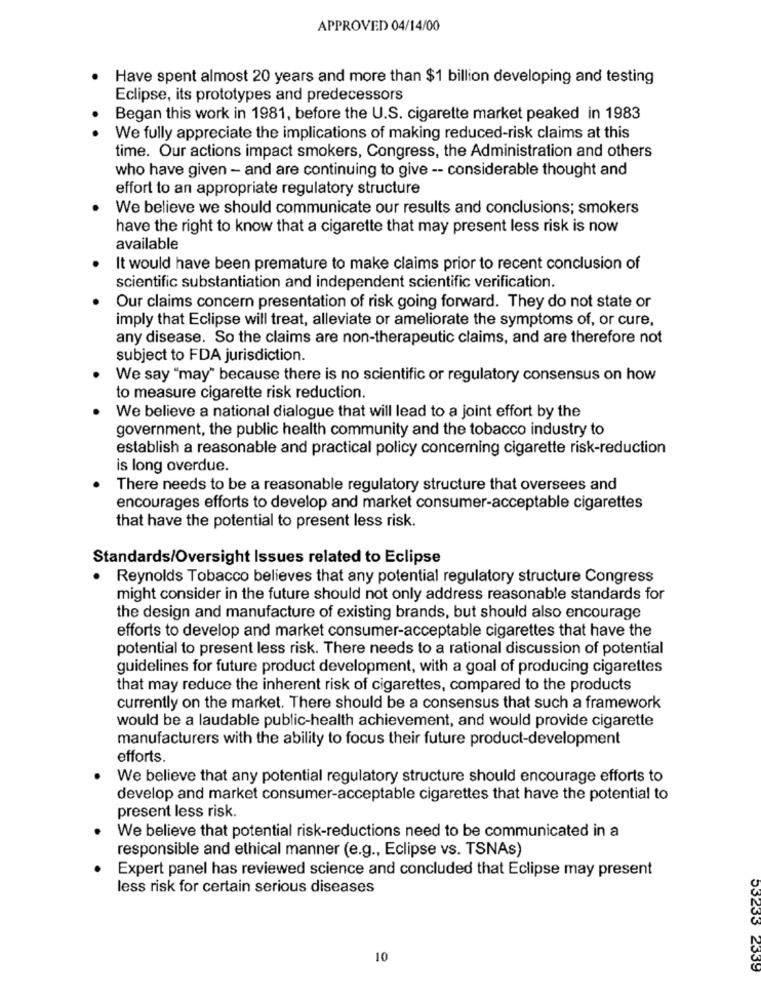
APPROVED 04/14/00
Have spent almost 20 years and more than $1 billion developing and testing
Eclipse, its prototypes and predecessors
Began this work in 1981, before the U.S. cigarette market peaked in 1983
We fully appreciate the implications of making reduced-risk claims at this
time. Our actions impact smokers, Congress, the Administration and others
who have given - and are continuing to give -- considerable thought and
effort to an appropriate regulatory structure
We believe we should communicate our results and conclusions; smokers
have the right to know that a cigarette that may present less risk is now
available
It would have been premature to make claims prior to recent conclusion of
scientific substantiation and independent scientific verification.
Our claims concern presentation of risk going forward. They do not state or
imply that Eclipse will treat, alleviate or ameliorate the symptoms of, or cure,
any disease. So the claims are non-therapeutic claims, and are therefore not
subject to FDA jurisdiction.
We say "may" because there is no scientific or regulatory consensus on how
to measure cigarette risk reduction.
We believe a national dialogue that will lead to a joint effort by the
government, the public health community and the tobacco industry to
establish a reasonable and practical policy concerning cigarette risk-reduction
is long overdue.
There needs to be a reasonable regulatory structure that oversees and
encourages efforts to develop and market consumer-acceptable cigarettes
that have the potential to present less risk.
Standards/Oversight Issues related to Eclipse
· Reynolds Tobacco believes that any potential regulatory structure Congress
might consider in the future should not only address reasonable standards for
the design and manufacture of existing brands, but should also encourage
efforts to develop and market consumer-acceptable cigarettes that have the
potential to present less risk. There needs to a rational discussion of potential
guidelines for future product development, with a goal of producing cigarettes
that may reduce the inherent risk of cigarettes, compared to the products
currently on the market. There should be a consensus that such a framework
would be a laudable public-health achievement, and would provide cigarette
manufacturers with the ability to focus their future product-development
efforts.
We believe that any potential regulatory structure should encourage efforts to
develop and market consumer-acceptable cigarettes that have the potential to
present less risk.
We believe that potential risk-reductions need to be communicated in a
responsible and ethical manner (e.g ., Eclipse vs. TSNAs)
Expert panel has reviewed science and concluded that Eclipse may present
less risk for certain serious diseases
10
53233 2339